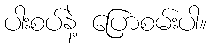
ပါးစပ်နဲ့ ပြောစမ်းပါ။